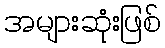
အများဆုံးဖြစ်